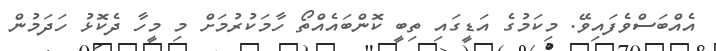
އެއްބަސްވެފައިވޭ. މިކަމުގެ އަޑީގައި ތިބީ ކޮންބައެއްތޯ ހާމަކުރުމަށް މި މީހާ ދެކޮޅު ހަދަމުން